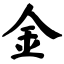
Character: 金